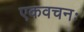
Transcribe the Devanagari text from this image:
एकवचनः